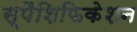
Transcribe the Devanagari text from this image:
स्पैशिफिकेशन